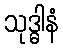
သုဒ္ဓါနံ